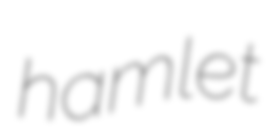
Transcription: hamlet